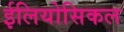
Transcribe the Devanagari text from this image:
ईलियोसिकल